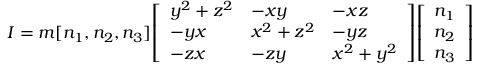
{ I } = m [ n _ { 1 } , n _ { 2 } , n _ { 3 } ] { \left[ \begin{array} { l l l } { y ^ { 2 } + z ^ { 2 } } & { - x y } & { - x z } \\ { - y x } & { x ^ { 2 } + z ^ { 2 } } & { - y z } \\ { - z x } & { - z y } & { x ^ { 2 } + y ^ { 2 } } \end{array} \right] } { \left[ \begin{array} { l } { n _ { 1 } } \\ { n _ { 2 } } \\ { n _ { 3 } } \end{array} \right] }